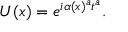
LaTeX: U ( x ) = e ^ { i \alpha ( x ) ^ { a } t ^ { a } } .